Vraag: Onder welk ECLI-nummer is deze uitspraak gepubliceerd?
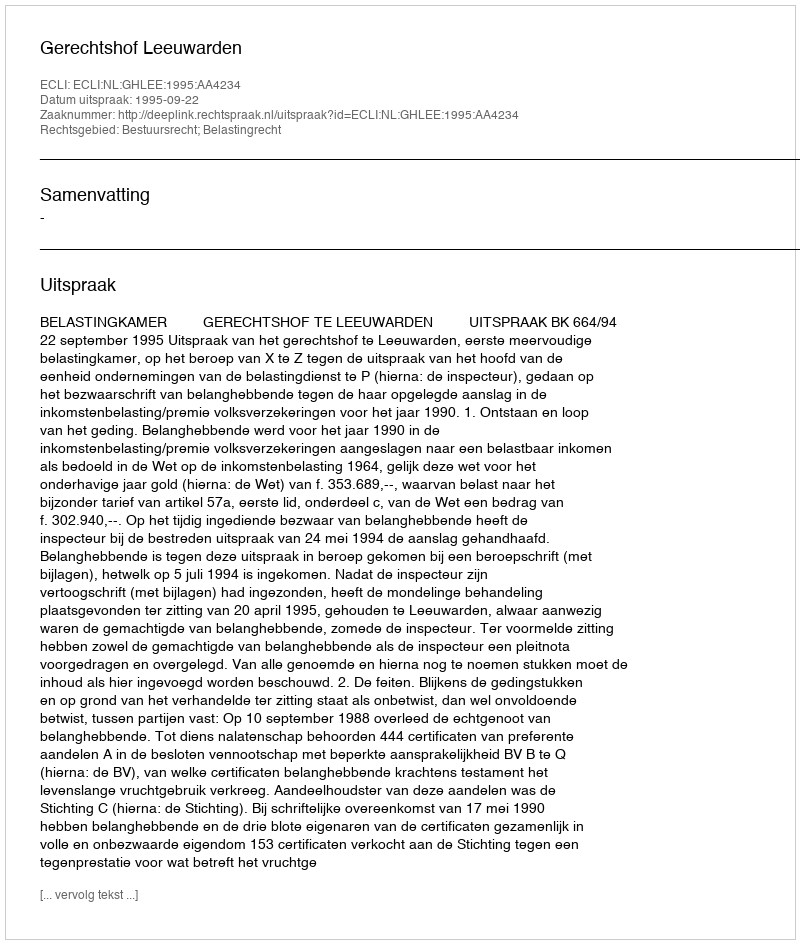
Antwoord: ECLI:NL:GHLEE:1995:AA4234